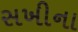
સખીના